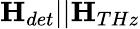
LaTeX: \mathbf{H}_{det}||\mathbf{H}_{THz}